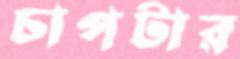
চাপটার